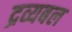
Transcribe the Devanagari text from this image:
द्रव्यबल